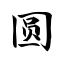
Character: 圆